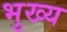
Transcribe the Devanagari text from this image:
भुख्य